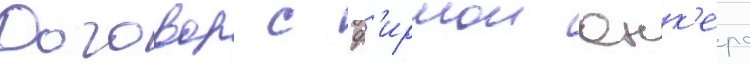
Договор с ф'ирмои юнк'ерс